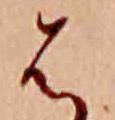
は